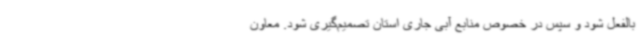
بالفعل شود و سپس در خصوص منابع آبی جاری استان تصمیم‌گیری شود. معاون